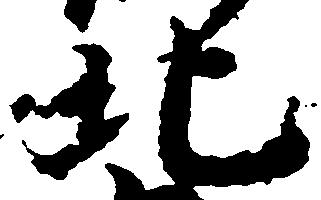
北